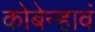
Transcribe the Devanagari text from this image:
कोबेन्हावं